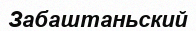
Забаштаньский